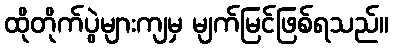
ထိုတိုက်ပွဲများကျမှ မျက်မြင်ဖြစ်ရသည်။